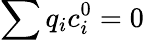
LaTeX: \sum q_{i}c_{i}^{0}=0